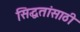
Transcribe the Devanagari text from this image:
सिद्धतांसाठी